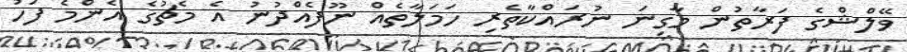
ވޭލްޝްގެ ފަރާތުން މާގިނަ ނުރައްކާތެރި ހަމަލާތެއް ނޫފެއްދުނު އެ މެޗުގެ އެންމެ ފަހު